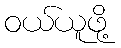
ဝယ်ယူဖို့